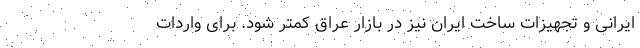
ایرانی و تجهیزات ساخت ایران نیز در بازار عراق کمتر شود. برای واردات